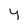
Character: y